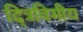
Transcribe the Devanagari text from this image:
द्त्रिविमीय